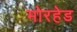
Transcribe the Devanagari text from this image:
मोरहेड